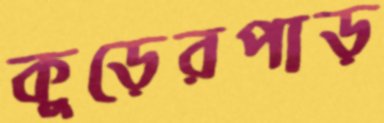
কুড়েরপাড়